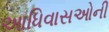
આધિવાસઓની